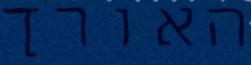
האורך